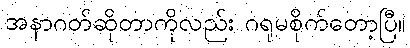
အနာဂတ်ဆိုတာကိုလည်း ဂရုမစိုက်တော့ပြီ။